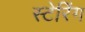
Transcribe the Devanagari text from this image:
स्टेरिंग